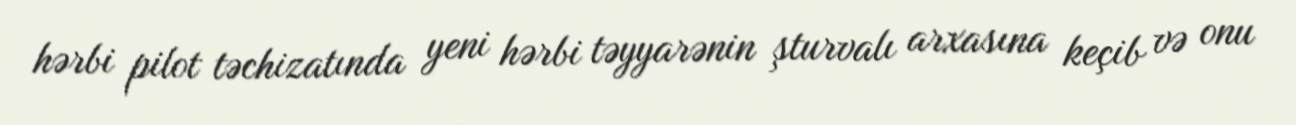
hərbi pilot təchizatında yeni hərbi təyyarənin şturvalı arxasına keçib və onu